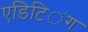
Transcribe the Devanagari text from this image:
एडिटिऺग